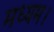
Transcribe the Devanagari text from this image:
मध्यम।